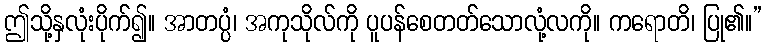
ဤသို့နှလုံးပိုက်၍။ အာတပ္ပံ၊ အကုသိုလ်ကို ပူပန်စေတတ်သောလုံ့လကို။ ကရောတိ၊ ပြု၏။”